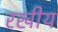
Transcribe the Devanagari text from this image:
रखीय